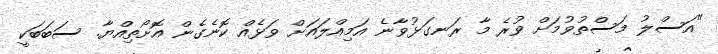
"އަސްލު މަސްތުވުމަށް ވުރެ މާ ރަނގަޅުވާނެ އަމިއްލައަށް ވަޅެއް ކޮނެގެން އޮށޯތިއްޔާ. ސަބަބަކީ